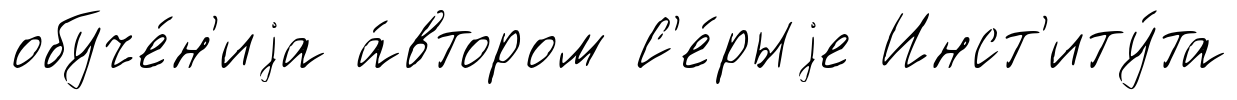
обуче́н'иjа а́втором С'е́рыjе Инст'иту́та